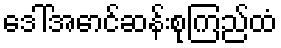
ဒေါ်အောင်ဆန်းစုကြည်ထံ